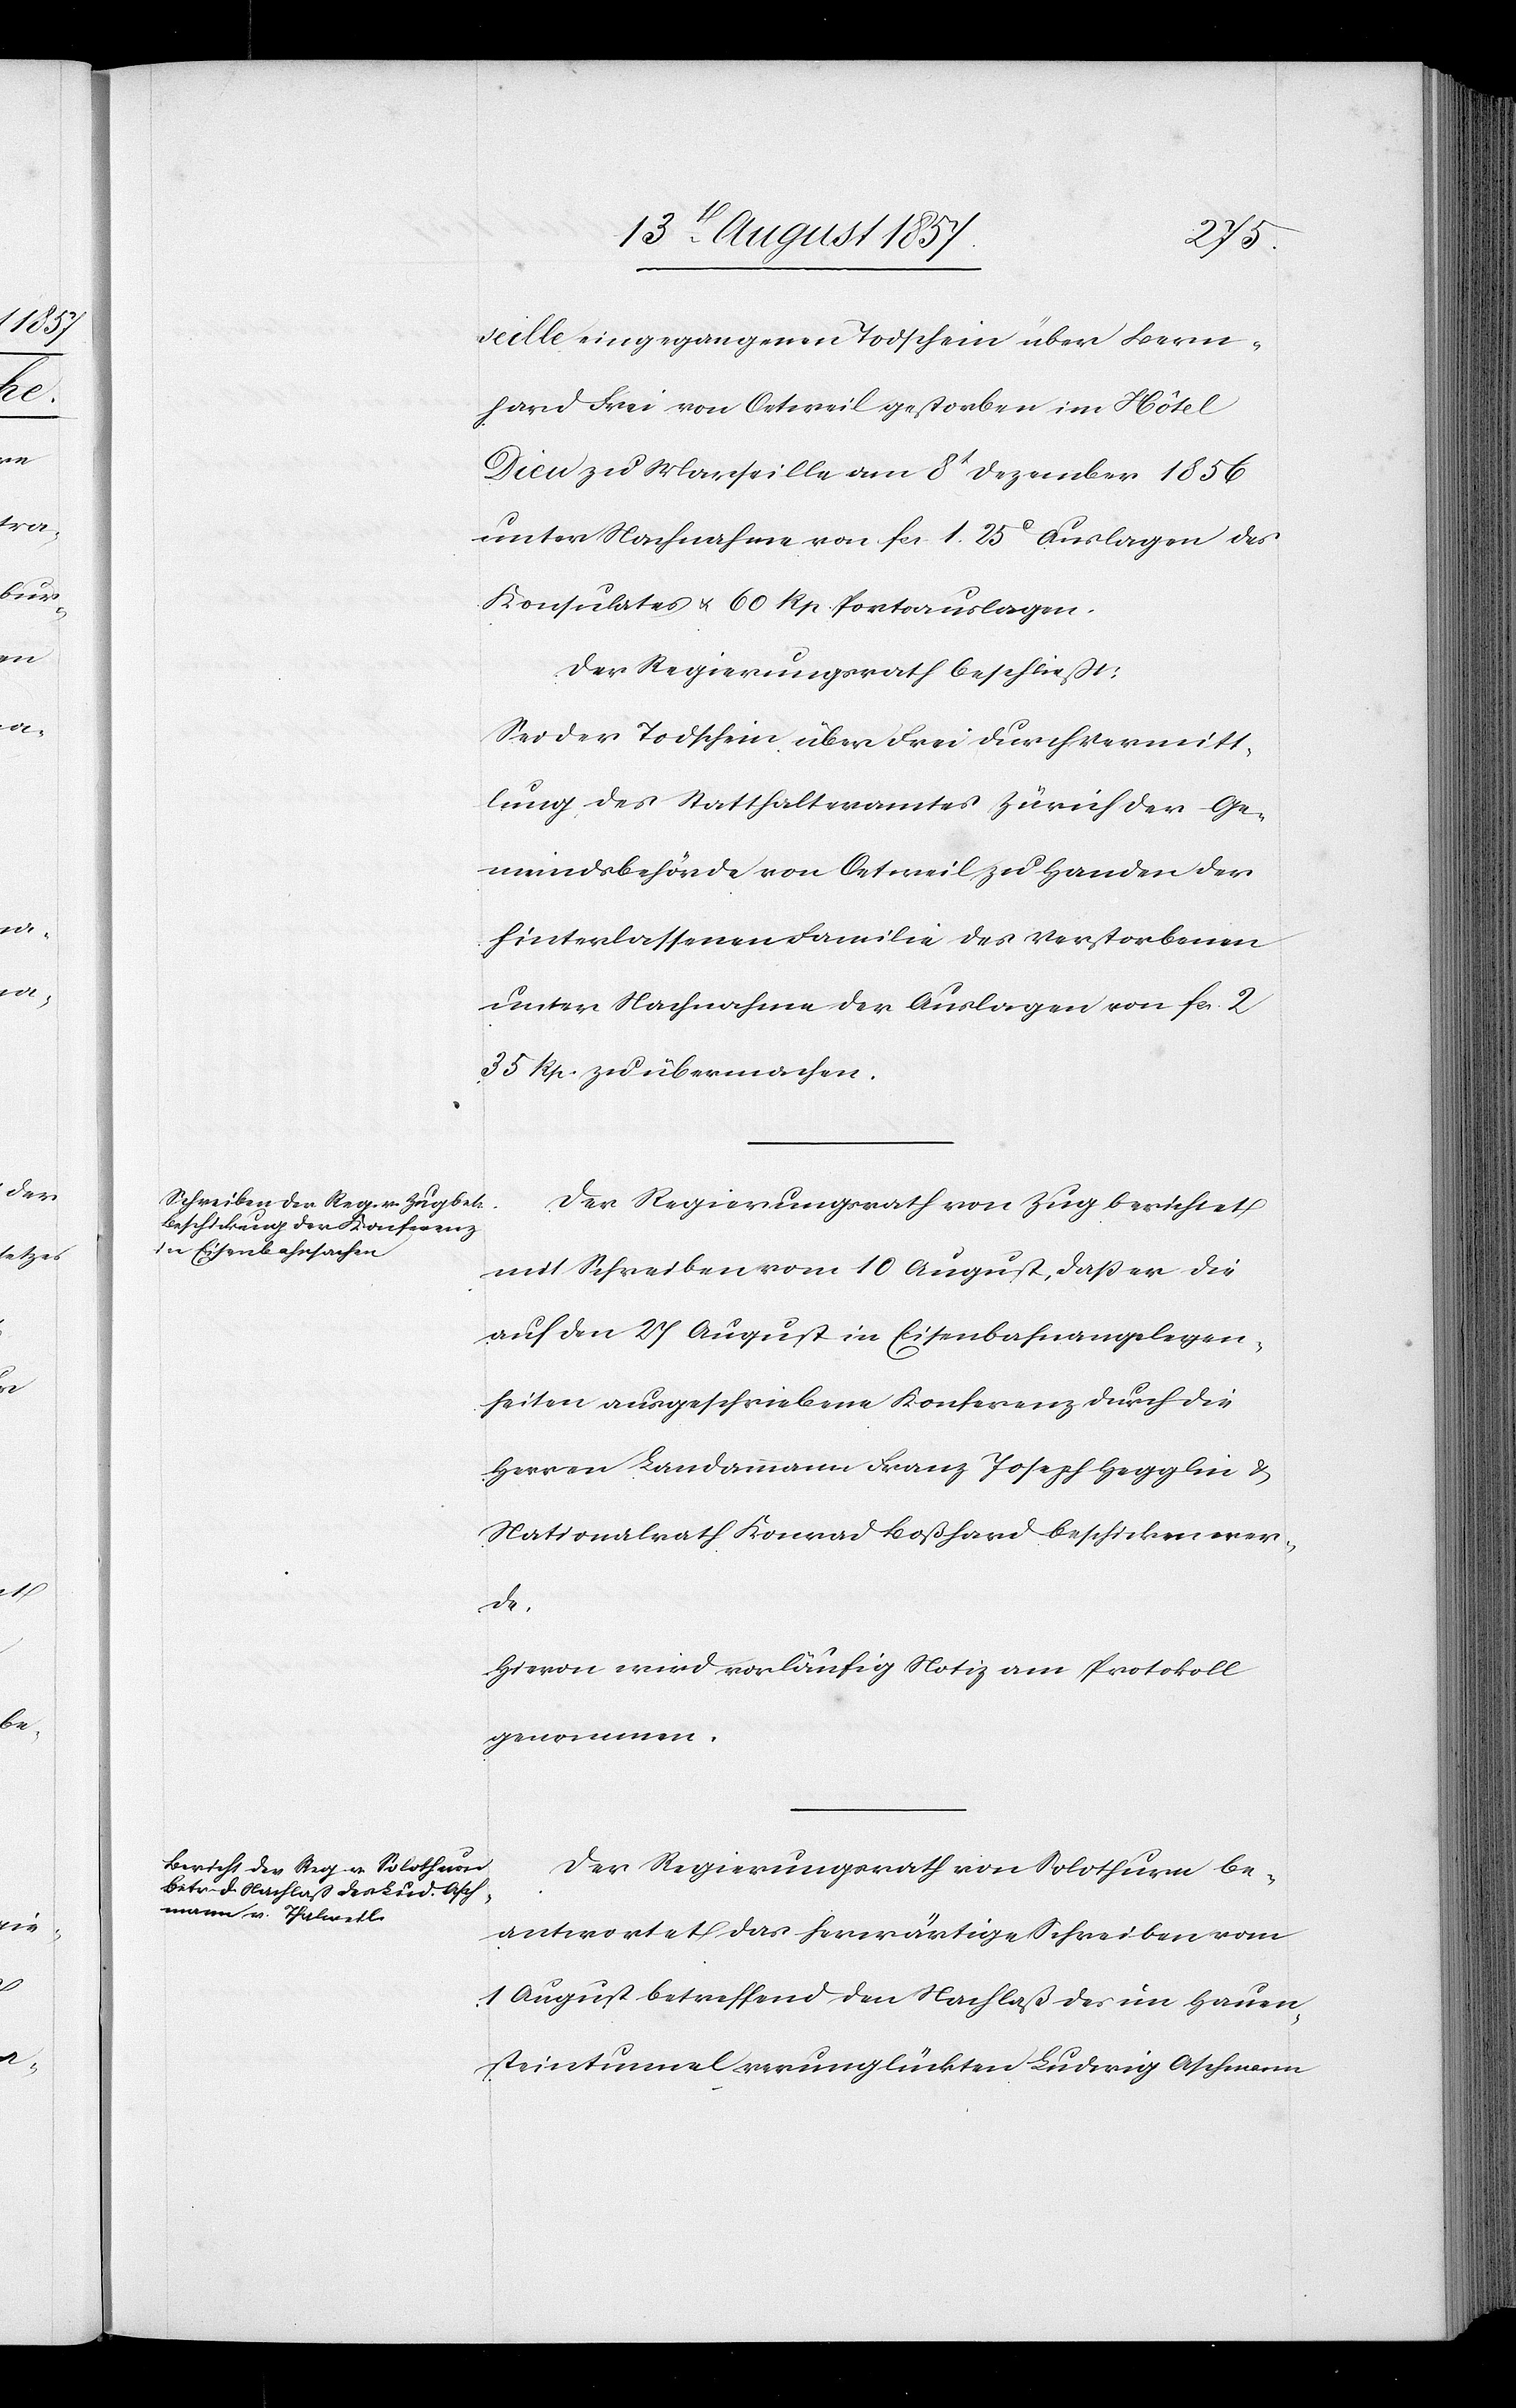
seille eingegangenen Todschein über Bern¬
hard Frei von Oetweil gestorben im Hôtel
Dieu zu Marseille am 8t Dezember 1856
unter Nachnahme von fcs 1.25c Auslagen des
Konsulates & 60 Rp. Portoauslagen.
Der Regierungsrath beschließt:
Sei der Todschein über Frei durch Vermitt¬
lung des Statthalteramtes Zürich der Ge¬
meindsbehörde von Oetweil zu Handen der
hinterlassenen Familie des Verstorbenen
unter Nachnahme der Auslagen von fcs 2.
35 Rp. zu übermachen.
Der Regierungsrath von Zug berichtet
mit Schreiben vom 10 August, daß er die
auf den 27 August in Eisenbahnangelegen¬
heiten ausgeschriebene Konferenz durch die
Herren Landammann Franz Joseph Hegglin &
Nationalrath Konrad Boßhard beschicken wer¬
de.
Hievon wird vorläufig Notiz am Protokoll
genommen.
Der Regierungsrath von Solothurn be¬
antwortet das herwärtige Schreiben vom
1 August betreffend den Nachlaß des im Hauen¬
steintunnel verunglückten Ludwig Aschmann